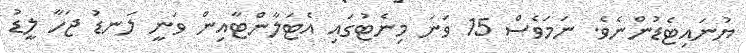
ޔުނައިޓެޑުންނެވެ. ނަމަވެސް 15 ވަނަ މިނެޓުގައި އެޓަލާންޓާއިން ވަނީ ލަނޑު ޖަހާ ލީޑު